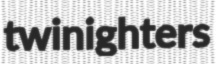
twinighters